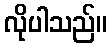
လိုပါသည်။